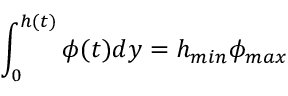
\int _ { 0 } ^ { h ( t ) } \phi ( t ) d y = h _ { m i n } \phi _ { m a x }